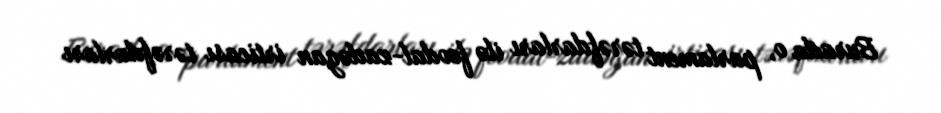
Burada o, parlament tərəfdarları ilə feodal-zadəgan irticası tərəfdarları